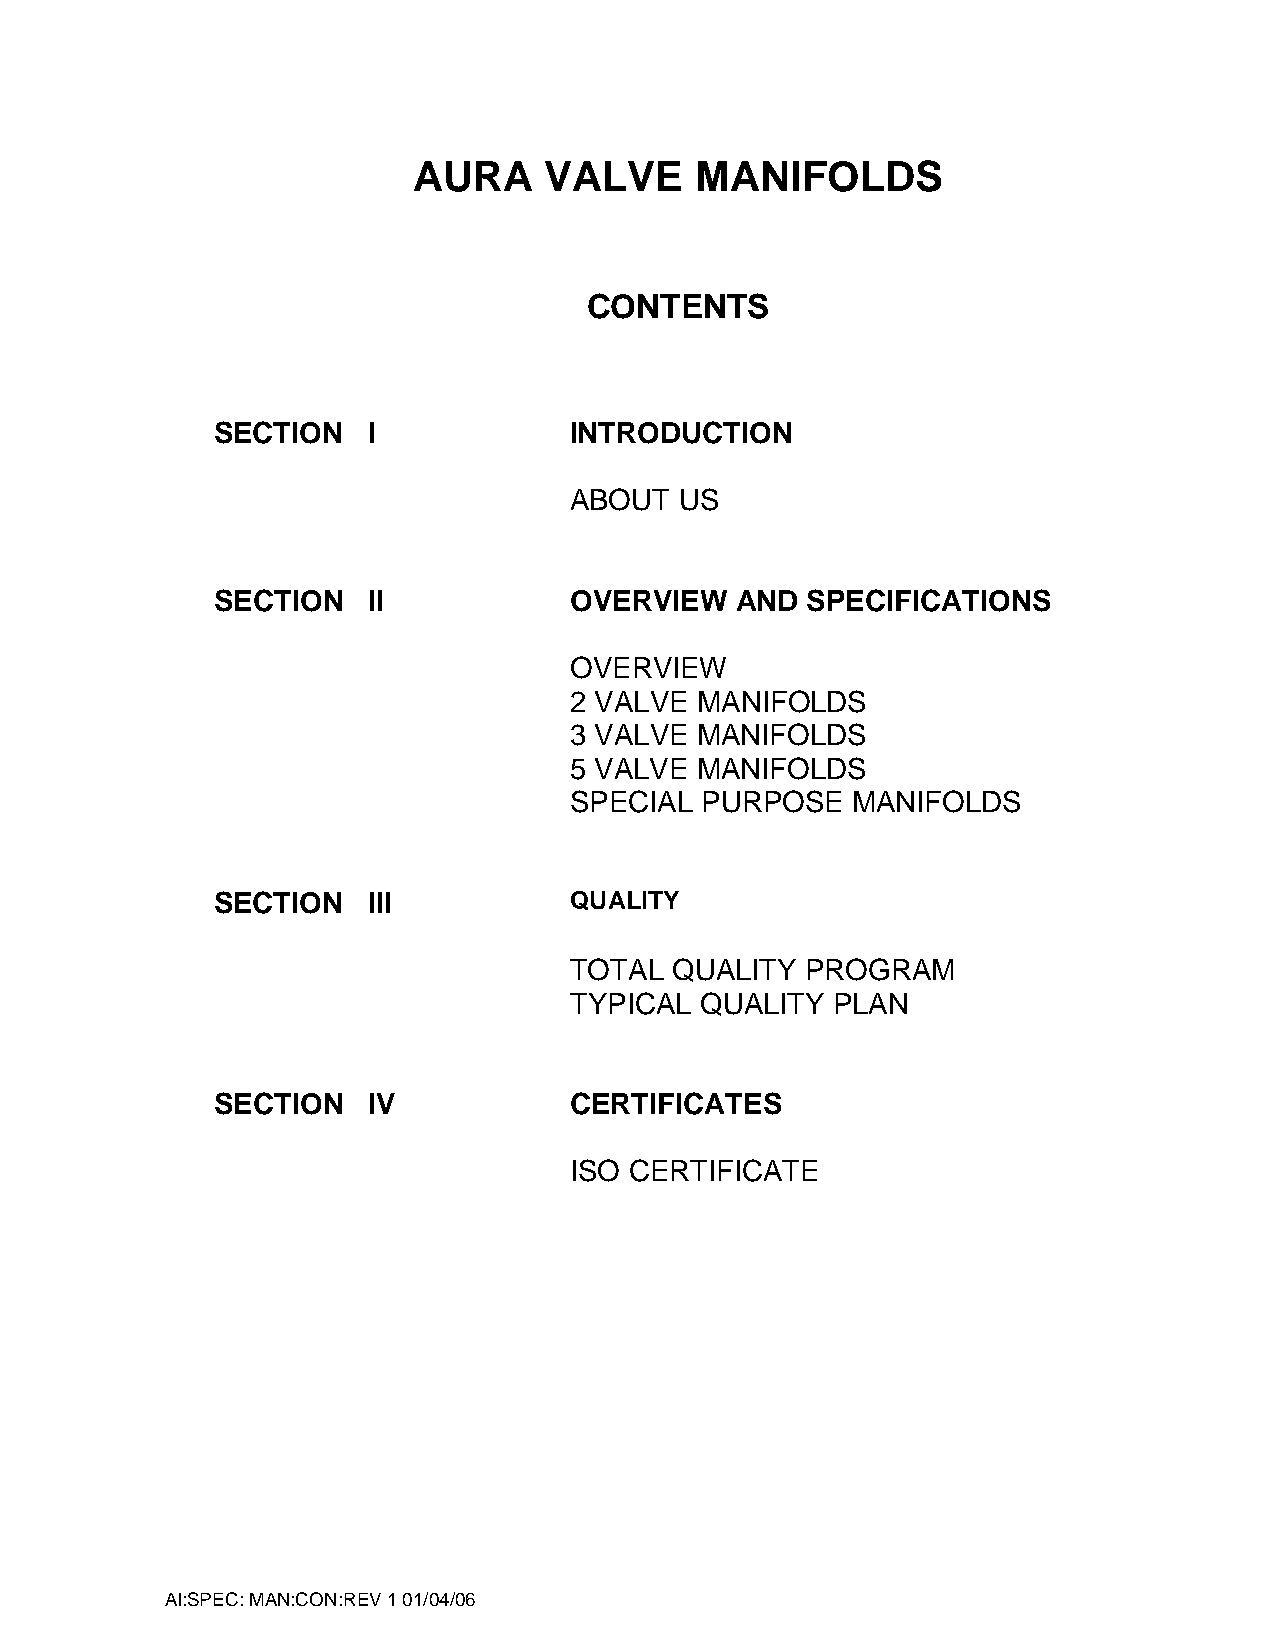
AURA     VALVE     MANIFOLDS
 CONTENTS
 SECTION   I             INTRODUCTION
 ABOUT  US
 SECTION   II            OVERVIEW   AND SPECIFICATIONS
 OVERVIEW
 2 VALVE MANIFOLDS
 3 VALVE MANIFOLDS
 5 VALVE MANIFOLDS
 SPECIAL PURPOSE   MANIFOLDS
 SECTION   III           QUALITY
 TOTAL  QUALITY PROGRAM
 TYPICAL QUALITY  PLAN
 SECTION   IV            CERTIFICATES
 ISO CERTIFICATE
 AI:SPEC: MAN:CON:REV 1 01/04/06